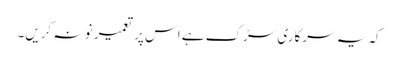
کہ یہ سرکاری سڑک ہے اس پر تعمیر نو نہ کریں۔